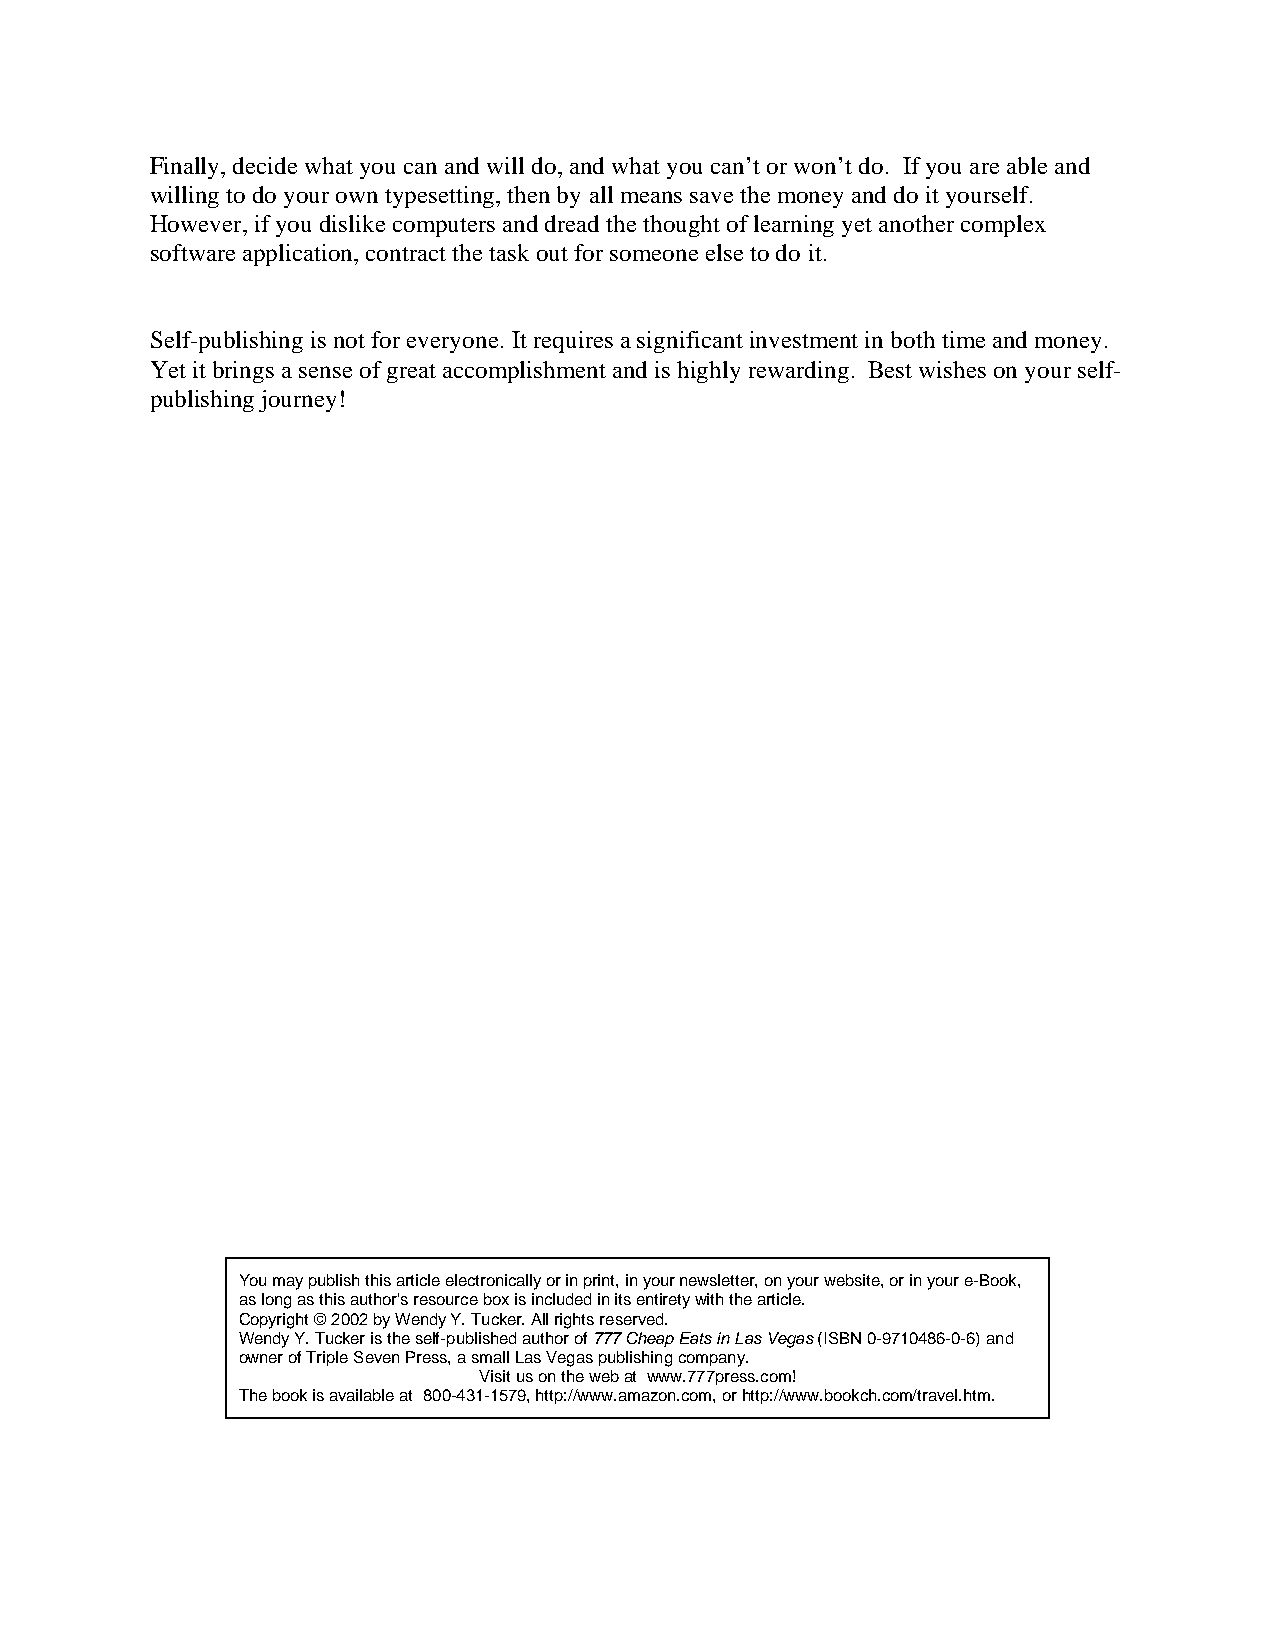
Finally, decide what you can and will do, and what you can’t or won’t do. If you are able and
 willing to do your own typesetting, then by all means save the money and do it yourself.
 However, if you dislike computers and dread the thought of learning yet another complex
 software application, contract the task out for someone else to do it.
 Self-publishing is not for everyone. It requires a significant investment in both time and money.
 Yet it brings a sense of great accomplishment and is highly rewarding. Best wishes on your self-
 publishing journey!
 You may publish this article electronically or in print, in your newsletter, on your website, or in your e-Book,
 as long as this author's resource box is included in its entirety with the article.
 Copyright © 2002 by Wendy Y. Tucker. All rights reserved.
 Wendy Y. Tucker is the self-published author of 777 Cheap Eats in Las Vegas (ISBN 0-9710486-0-6) and
 owner of Triple Seven Press, a small Las Vegas publishing company.
 Visit us on the web at www.777press.com!
 The book is available at 800-431-1579, http://www.amazon.com, or http://www.bookch.com/travel.htm.